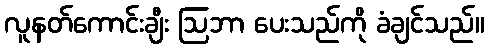
လူနတ်ကောင်းချီး ဩဘာ ပေးသည်ကို ခံချင်သည်။